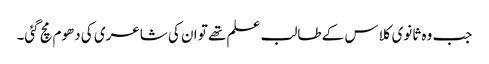
جب وہ ثانوی کلاس کے طالب علم تھے تو ان کی شاعری کی دھوم مچ گئی۔